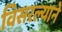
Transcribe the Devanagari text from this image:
विसरल्याने